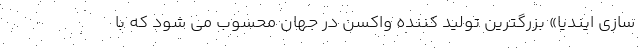
سازی ایندیا» بزرگترین تولید کننده واکسن در جهان محسوب می شود که با